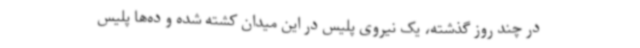
در چند روز گذشته، یک نیروی پلیس در این میدان کشته شده و ده‌ها پلیس